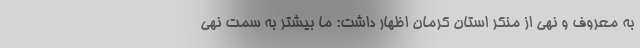
به معروف و نهی از منکر استان کرمان اظهار داشت: ما بیشتر به سمت نهی